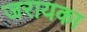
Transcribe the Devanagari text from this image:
जरायका